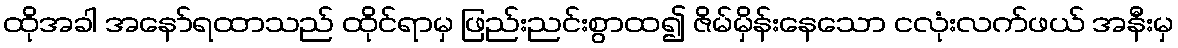
ထိုအခါ အနော်ရထာသည် ထိုင်ရာမှ ဖြည်းညင်းစွာထ၍ ဇိမ်မှိန်းနေသော ငလုံးလက်ဖယ် အနီးမှ